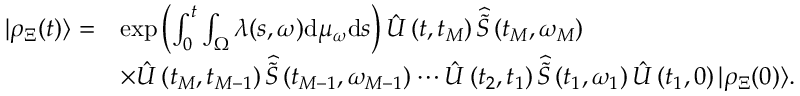
\begin{array} { r l } { | \rho _ { \Xi } ( t ) \rangle = } & { \exp \left( \int _ { 0 } ^ { t } \int _ { \Omega } \lambda ( s , \omega ) \mathrm { d } \mu _ { \omega } \mathrm { d } s \right) \hat { U } \left( t , t _ { M } \right) \widehat { \widetilde { S } } \left( t _ { M } , \omega _ { M } \right) } \\ & { \times \hat { U } \left( t _ { M } , t _ { M - 1 } \right) \widehat { \widetilde { S } } \left( t _ { M - 1 } , \omega _ { M - 1 } \right) \cdots \hat { U } \left( t _ { 2 } , t _ { 1 } \right) \widehat { \widetilde { S } } \left( t _ { 1 } , \omega _ { 1 } \right) \hat { U } \left( t _ { 1 } , 0 \right) | \rho _ { \Xi } ( 0 ) \rangle . } \end{array}